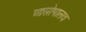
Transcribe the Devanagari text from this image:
आसोपालव